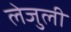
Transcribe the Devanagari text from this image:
लेजुली